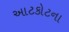
આટકોટના